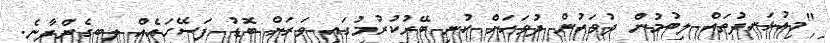
"މިއުޅަނދުތައް ލިބުމުން ދުވަހުން ދުވަހަށް ކުނި ބޭރުކުރުމުގައި ވަރަށް ބޮޑު ފަސޭހައެއް ލިބިގެންދާނެ.